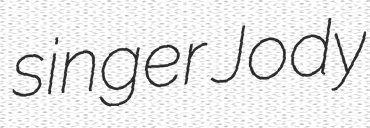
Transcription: singer Jody